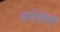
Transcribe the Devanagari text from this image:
अर्गोनोमिक्स